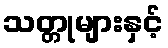
သတ္တုများနှင့်